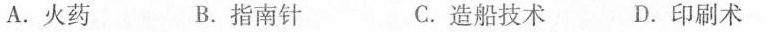
A.火药 B.指南针 C.造船技术 D.印刷术